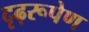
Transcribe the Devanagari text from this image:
दृढ़रूपेण